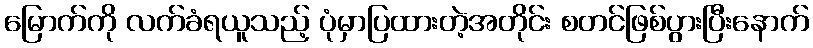
မြောက်ကို လက်ခံရယူသည့် ပုံမှာပြထားတဲ့အတိုင်း စတင်ဖြစ်ပွားပြီးနောက်